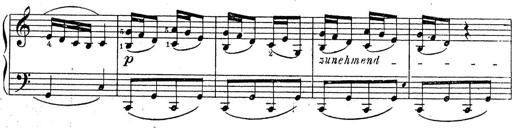
Title: 10 Sonatinas
Composer: Fritz Spindler